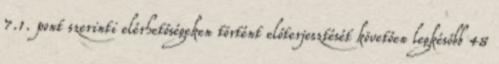
7.1. pont szerinti elérhetőségeken történt előterjesztését követően legkésőbb 48